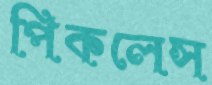
পিকলেস